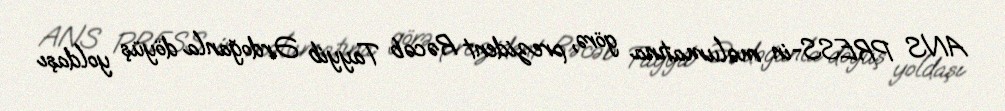
ANS PRESS-in məlumatına görə, prezident Rəcəb Tayyib Ərdoğanla döyüş yoldaşı